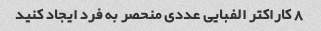
8 کاراکتر الفبایی عددی منحصر به فرد ایجاد کنید